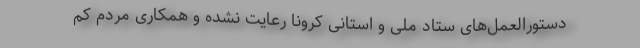
دستورالعمل‌های ستاد ملی و استانی کرونا رعایت نشده و همکاری مردم کم